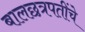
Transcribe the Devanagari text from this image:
बालछत्रपतींचे